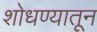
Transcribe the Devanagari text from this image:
शोधण्यातून